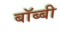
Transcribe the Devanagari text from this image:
बॉब्बी